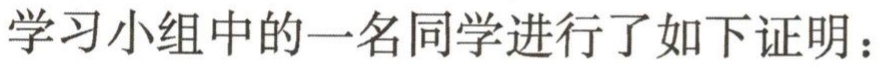
学习小组中的一名同学进行了如下证明：